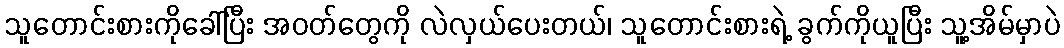
သူတောင်းစားကိုခေါ်ပြီး အဝတ်တွေကို လဲလှယ်ပေးတယ်၊ သူတောင်းစားရဲ့ ခွက်ကိုယူပြီး သူ့အိမ်မှာပဲ